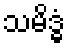
သမိဒ္ဓံ